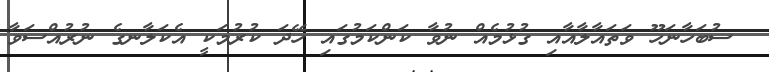
ސުބަހާނަހޫ ވަތައާލާއާއި ގުޅުމެއް ނުވާ ކަންކަމުގައި ހޭދަ ކުރުމަކީ އެކަލާނގެ ނުރުއްސަވާ